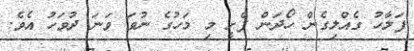
ފަލާހު ގެއްލިގެން ހޯދަން ފެށީ މި މަހުގެ ނުވަަ ވަނަ ދުވަހު އެވެ.